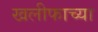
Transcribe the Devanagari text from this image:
खलीफाच्या